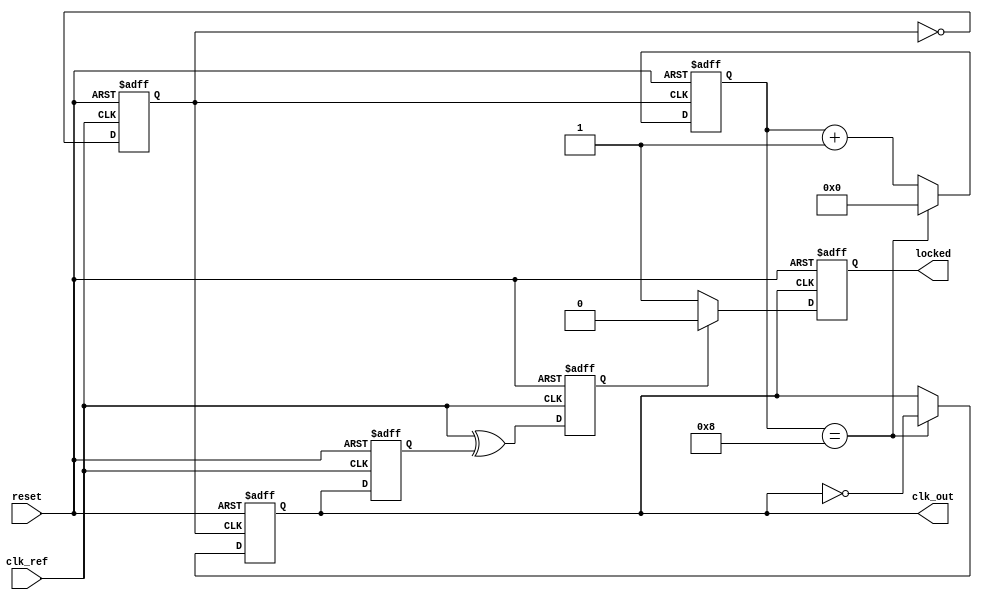
module MemoryBlocksAnalogPLL (
    input wire clk_ref,      // Reference clock input
    input wire reset,        // Reset signal
    output wire clk_out,     // Output clock
    output wire locked       // Lock indicator
);

    // Phase Detector
    reg phase_error;         // Phase error signal
    reg prev_clk_out;        // Previous output clock state

    always @(posedge clk_ref or posedge reset) begin
        if (reset) begin
            phase_error <= 0;
            prev_clk_out <= 0;
        end else begin
            phase_error <= clk_ref ^ prev_clk_out; // Simple phase error calculation
            prev_clk_out <= clk_out; // Update previous output state
        end
    end

    // Charge Pump
    reg [7:0] current_out;   // Current output from charge pump

    always @(posedge clk_ref or posedge reset) begin
        if (reset) begin
            current_out <= 8'b0;
        end else begin
            if (phase_error) begin
                current_out <= current_out + 1; // Increment current if phase error detected
            end else begin
                current_out <= current_out - 1; // Decrement current otherwise
            end
        end
    end

    // Loop Filter
    reg [15:0] control_voltage; // Control voltage output

    always @(posedge clk_ref or posedge reset) begin
        if (reset) begin
            control_voltage <= 16'b0;
        end else begin
            control_voltage <= control_voltage + current_out; // Simple integrator for loop filter
        end
    end

    // Voltage-Controlled Oscillator
    reg [31:0] vco_freq;      // VCO frequency
    reg clk_vco;              // VCO clock output

    always @(posedge clk_ref or posedge reset) begin
        if (reset) begin
            vco_freq <= 32'd0;
            clk_vco <= 1'b0;
        end else begin
            vco_freq <= control_voltage; // Control VCO frequency by control voltage
            clk_vco <= ~clk_vco;          // Toggle VCO output clock (simplification)
        end
    end

    // Frequency Divider
    reg [3:0] div_count;      // Counter for frequency division
    reg clk_div;              // Divided clock output

    always @(posedge clk_vco or posedge reset) begin
        if (reset) begin
            div_count <= 0;
            clk_div <= 1'b0;
        end else begin
            div_count <= div_count + 1;
            if (div_count == 8) begin // Divide by 8 for simplicity
                clk_div <= ~clk_div;
                div_count <= 0;
            end
        end
    end

    // Feedback to Phase Detector
    always @(posedge clk_div or posedge reset) begin
        if (reset) begin
            locked <= 0; // Reset locked state
        end else if (phase_error == 0) begin
            locked <= 1; // Set locked when phase error is zero
        end else begin
            locked <= 0; // Not locked otherwise
        end
    end

    assign clk_out = clk_div; // Output clock

endmodule